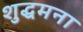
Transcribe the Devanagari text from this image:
शुद्धमना